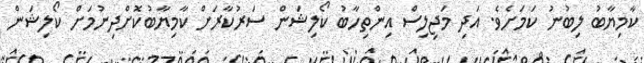
ކާމިޔާބު ލިބުނު ކަމަށެވެ. އަދި މަޖިލިސް އިންތިހާބު ކޯލިޝަން ސަރުކާރަށް ކާމިޔާބުކޮށްދިނުމަށް ކޯލިޝަން